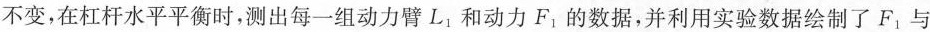
不变，在杠杆水平平衡时，测出每一组动力臂L_{1}和动力F_{1}的数据，并利用实验数据绘制了F_{1}与